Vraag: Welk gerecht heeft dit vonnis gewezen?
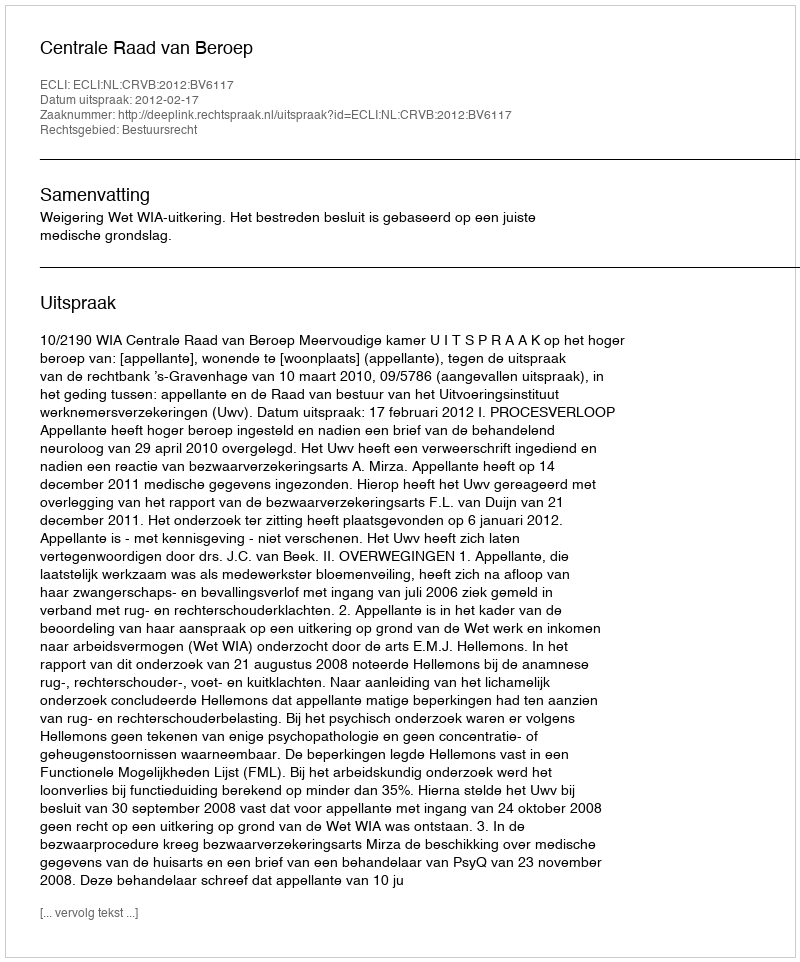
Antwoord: Centrale Raad van Beroep